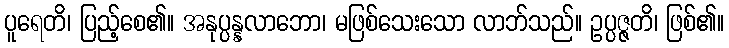
ပူရေတိ၊ ပြည့်စေ၏။ အနုပ္ပန္နလာဘော၊ မဖြစ်သေးသော လာဘ်သည်။ ဥပ္ပဇ္ဇတိ၊ ဖြစ်၏။